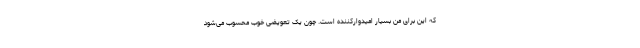
که این برای من بسیار امیدوارکننده است. چون یک تعویضی خوب محسوب می‌شود